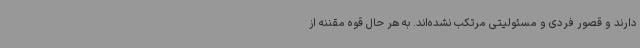
دارند و قصور فردی و مسئولیتی مرتکب نشده‌اند. به هر حال قوه مقننه از